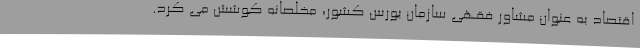
اقتصاد به عنوان مشاور فقهی سازمان بورس کشور، مخلصانه کوشش می کرد.